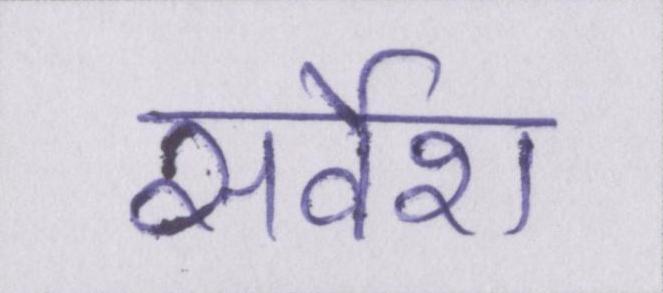
सर्वेश